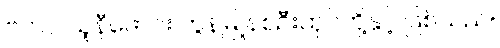
ဗကပ ယူနီဖောင်း ကွန်မြူနစ်ဦးထုပ်တို့နှင့် ဖြစ်သည်။